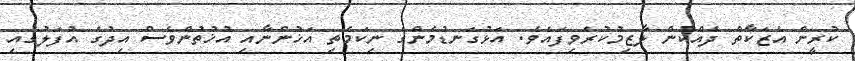
ކުރީން އެޒަކާތް ދެއްކުން ލާޒިމުކުރެވިފައެވެ. އަޅުގަނޑުމެންގެ ނިކަމެތި އަޚުންނާއި އުޚުތުންވެސް އިދުގެ އުފަލުގައި